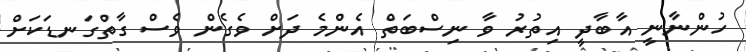
ހުންނާނީ އާބާދީ އިތުރު ވާ ނިސްބަތް އެންމެ ދަށް ވެގެން ވެސް ގާތްގަނޑަކަށް